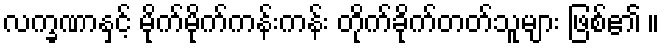
လက္ခဏာနှင့် မိုက်မိုက်ကန်းကန်း တိုက်ခိုက်တတ်သူများ ဖြစ်၏ ။